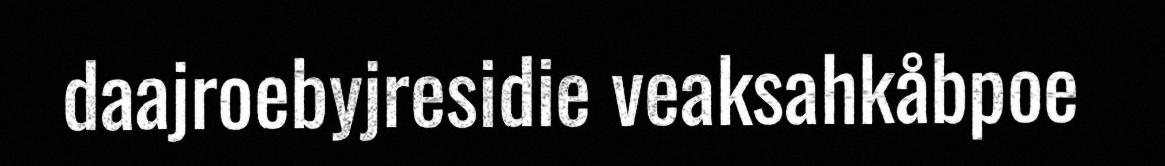
daajroebyjresidie veaksahkåbpoe